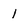
Character: l